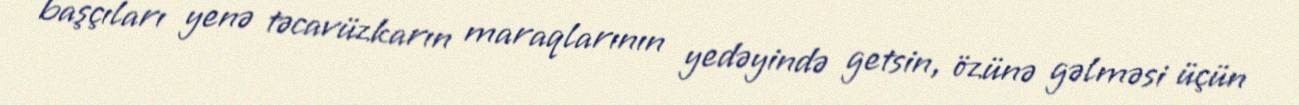
başçıları yenə təcavüzkarın maraqlarının yedəyində getsin, özünə gəlməsi üçün